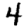
Digit: 4